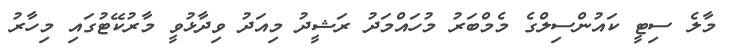
މާލެ ސިޓީ ކައުންސިލްގެ މެމްބަރު މުހައްމަދު ރަޝީދު މިއަދު ވިދާޅުވީ މާރުކޭޓުގައި މިހާރު